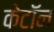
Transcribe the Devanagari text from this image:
केटॉन